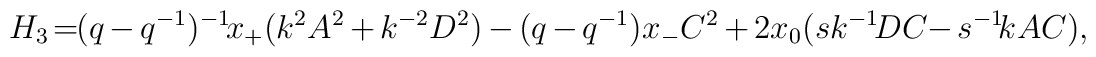
H_3\! =\!\!(q-q^{-1})^{-1}\!x_{+}(k^2 A^2 +k^{-2}D^2 )-(q-q^{-1})x_{-}C^2 +2x_{0}(sk^{-1}\!DC\!-s^{-1}\!kAC),